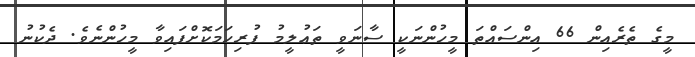
މީގެ ތެރެއިން 66 އިންސައްތަ މީހުންނަކީ ސާނަވީ ތަޢުލީމު ފުރިހަމަކޮށްފައިވާ މީހުންނެވެ. ދެކުނު